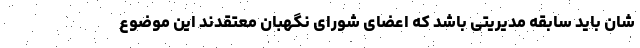
شان باید سابقه مدیریتی باشد که اعضای شورای نگهبان معتقدند این موضوع